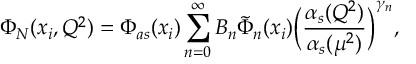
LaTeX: \Phi _ { N } ( x _ { i } , Q ^ { 2 } ) = \Phi _ { a s } ( x _ { i } ) \sum _ { n = 0 } ^ { \infty } B _ { n } \tilde { \Phi } _ { n } ( x _ { i } ) \biggl ( \frac { \alpha _ { s } ( Q ^ { 2 } ) } { \alpha _ { s } ( \mu ^ { 2 } ) } \biggr ) ^ { \gamma _ { n } } ,